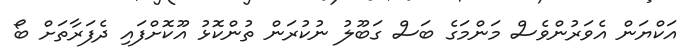
އަކްޔަން އެވަރުންވެސް މަންމަގެ ބަސް ގަބޫލު ނުކުރަން ތުންކޮޅު އޫކޮށްފައި ދެފަރާތަށް ބޯ